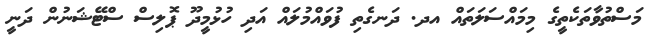
މަސްތުވާތަކެތީގެ މިމައްސަލަތައް އދ. ދަނގެތި ފުވައްމުލައް އަދި ހުޅުމީދޫ ޕޮލިސް ސްޓޭޝަނުން ދަނީ